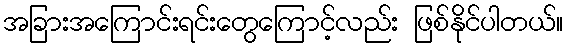
အခြားအကြောင်းရင်းတွေကြောင့်လည်း ဖြစ်နိုင်ပါတယ်။